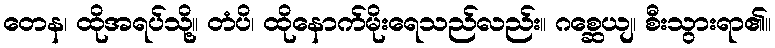
တေန၊ ထိုအရပ်သို့။ တံပိ၊ ထိုနောက်မိုးရေသည်လည်း။ ဂစ္ဆေယျ၊ စီးသွားရာ၏။